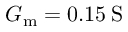
G _ { \mathrm { m } } = 0 . 1 5 \: \mathrm { S }